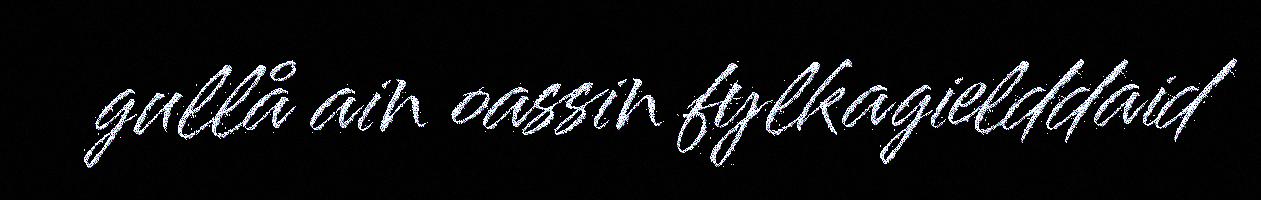
gullå ain oassin fylkagielddaid